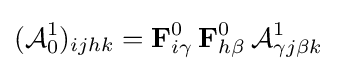
({\mathcal {A}}_{0}^{1})_{ijhk}={\bf {F}}_{i\gamma }^{0}\,{\bf {F}}_{h\beta }^{0}\,{\mathcal {A}}_{\gamma j\beta k}^{1}